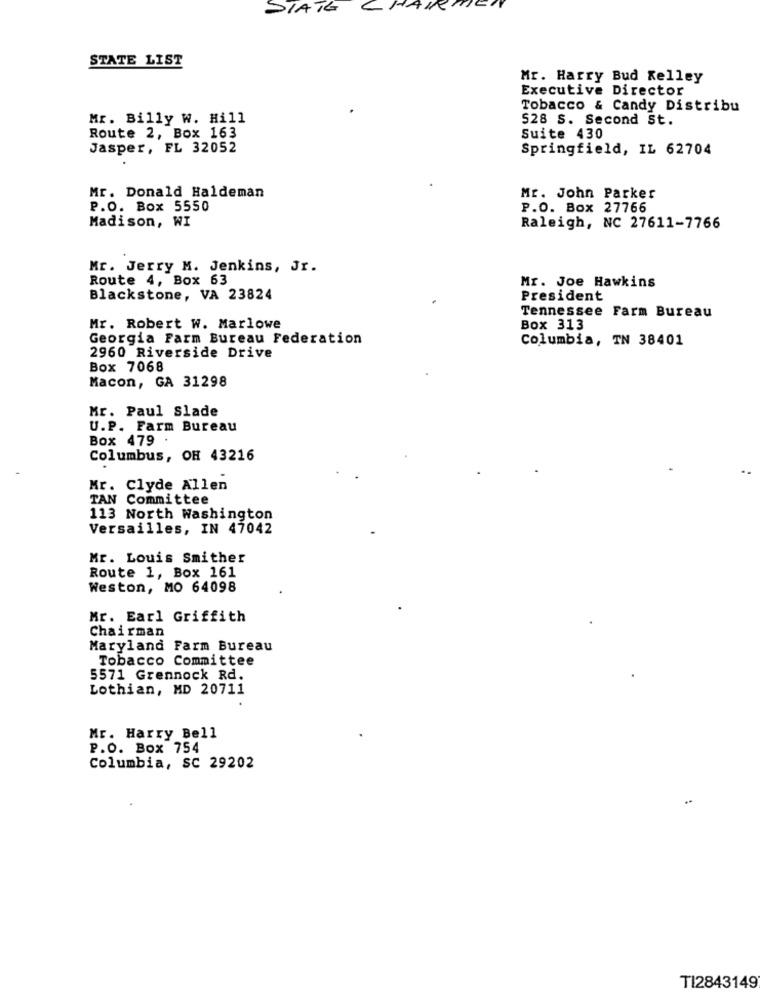
DIATE
CHAR
STATE LIST
Mr. Harry Bud Kelley
Executive Director
Tobacco & Candy Distribu
Mr. Billy W. Hill
528 S. Second St.
Route 2, Box 163
Suite 430
Jasper, FL 32052
Springfield, IL 62704
Mr. Donald Haldeman
Mr. John Parker
P.O. Box 5550
P.O. Box 27766
Madison, WI
Raleigh, NC 27611-7766
Mr. Jerry M. Jenkins, Jr.
Route 4, Box 63
Mr. Joe Hawkins
Blackstone, VA 23824
President
Tennessee Farm Bureau
Mr. Robert W. Marlowe
Box 313
Georgia Farm Bureau Federation
Columbia, TN 38401
2960 Riverside Drive
Box 7068
Macon, GA 31298
Mr. Paul Slade
U.P. Farm Bureau
Box 479
Columbus, OH 43216
Mr. Clyde Allen
TAN Committee
113 North Washington
Versailles, IN 47042
Mr. Louis Smither
Route 1, Box 161
Weston, MO 64098
Mr. Earl Griffith
Chairman
Maryland Farm Bureau
Tobacco Committee
5571 Grennock Rd.
Lothian, MD 20711
Mr. Harry Bell
P.O. Box 754
Columbia, SC 29202
..
TI2843149